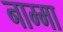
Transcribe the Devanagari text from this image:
नाम्मा